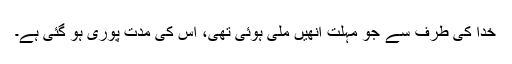
خدا کی طرف سے جو مہلت اُنھیں ملی ہوئی تھی، اُس کی مدت پوری ہو گئی ہے۔